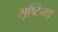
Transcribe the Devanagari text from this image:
सृष्टिच्या